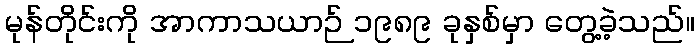
မုန်တိုင်းကို အာကာသယာဉ် ၁၉၈၉ ခုနှစ်မှာ တွေ့ခဲ့သည်။